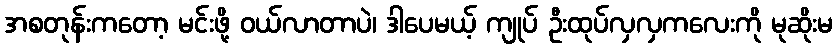
အစတုန်းကတော့ မင်းဖို့ ဝယ်လာတာပဲ၊ ဒါပေမယ့် ကျုပ် ဦးထုပ်လှလှကလေးကို မုဆိုးမ